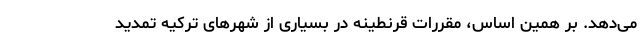
می‌دهد. بر همین اساس، مقررات قرنطینه در بسیاری از شهرهای ترکیه تمدید